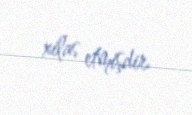
xilas etmişdir.